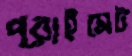
প্রাইমেট